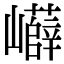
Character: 𡾲